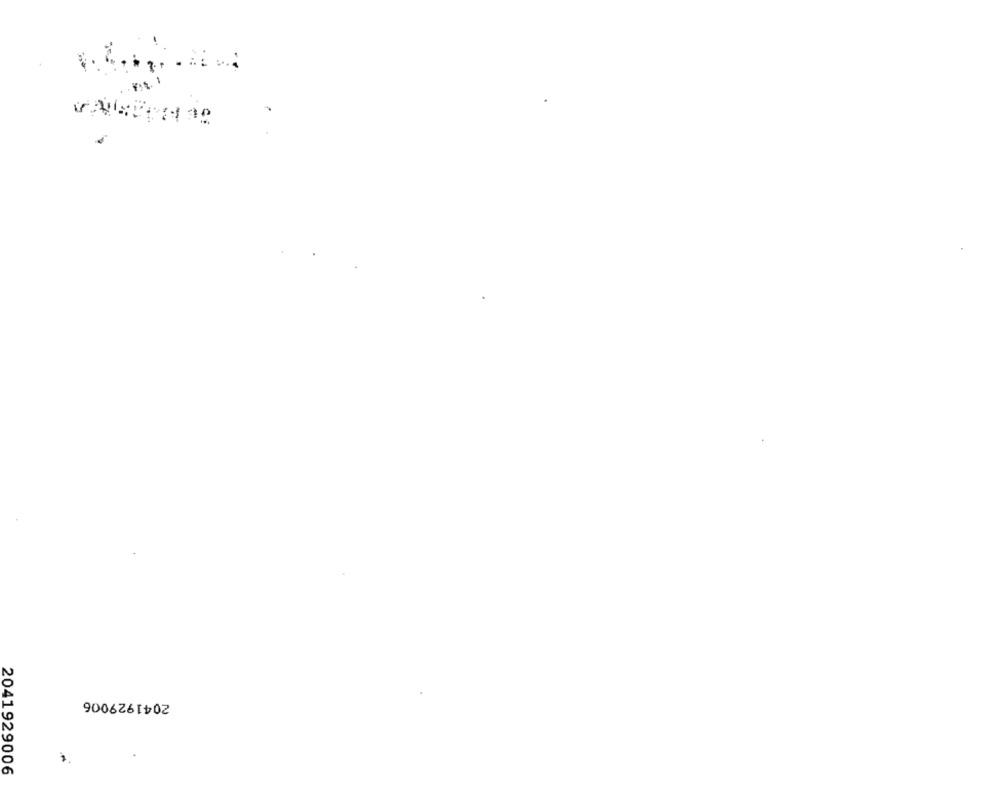
2041929006
2041929006